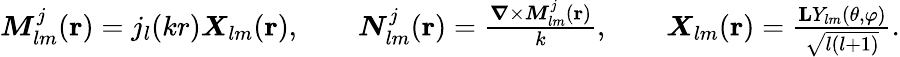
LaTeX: \begin{array}{r}{{\boldsymbol{M}}_{lm}^{j}({\mathbf r})=j_{l}(kr)\boldsymbol{X}_{lm}({\mathbf r}),\qquad{\boldsymbol{N}}_{lm}^{j}({\mathbf r})=\frac{\boldsymbol{\nabla}\times{\boldsymbol{M}}_{lm}^{j}({\mathbf r})}{k},\qquad\boldsymbol{X}_{lm}({\mathbf r})=\frac{{\mathbf{L}}Y_{lm}(\theta,\varphi)}{\sqrt{l(l+1)}}.}\end{array}